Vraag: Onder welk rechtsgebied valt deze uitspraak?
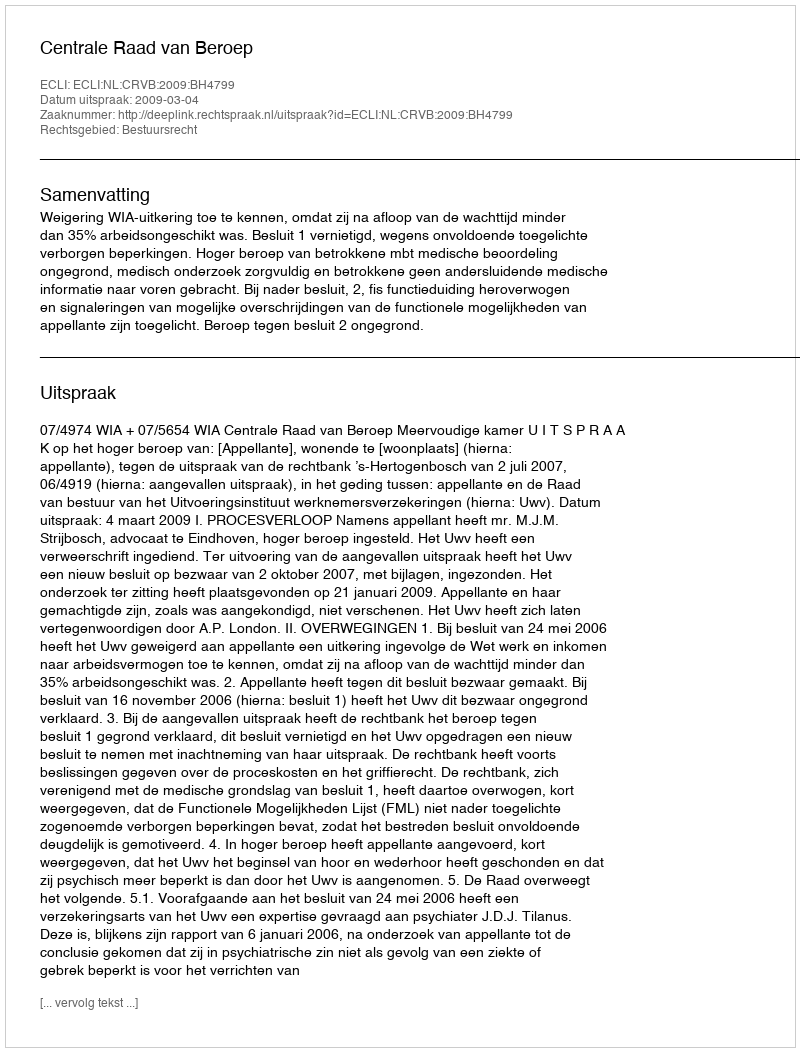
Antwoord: Bestuursrecht